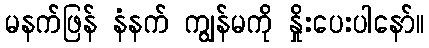
မနက်ဖြန် နံနက် ကျွန်မကို နှိုးပေးပါနော်။